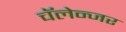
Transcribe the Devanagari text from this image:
चॅलेन्जर